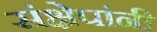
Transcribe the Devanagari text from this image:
संक्षेपांनी